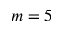
m = 5